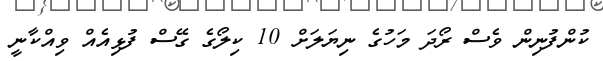
ކުންފުނިން ވެސް ރޯދަ މަހުގެ ނިޔަލަށް 10 ކިލޯގެ ގޭސް ފުޅިއެއް ވިއްކާނީ